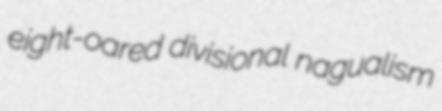
eight-oared divisional nagualism